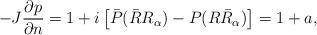
LaTeX: \begin{align*}-J\frac{\partial p}{\partial n} = 1 + i\left[\bar{P}(\bar{R} R_\alpha) - P(R \bar{R}_\alpha)\right] = 1 + a,\end{align*}